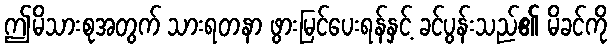
ဤမိသားစုအတွက် သားရတနာ ဖွားမြင်ပေးရန်နှင့် ခင်ပွန်းသည်၏ မိခင်ကို